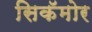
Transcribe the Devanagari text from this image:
सिकॅमोर